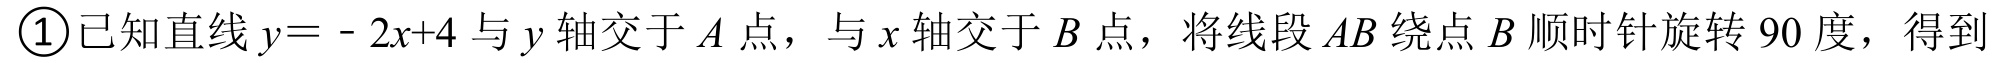
\textcircled{1}已知直线\(y = - 2x + 4\)与\(y\)轴交于\(A\)点，与\(x\)轴交于\(B\)点，将线段\(AB\)绕点\(B\)顺时针旋转\(90\)度，得到